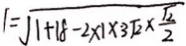
1 = \sqrt { 1 + 1 8 - 2 \times 1 \times 3 \sqrt { 2 } \times \frac { \sqrt { 2 } } { 2 } }